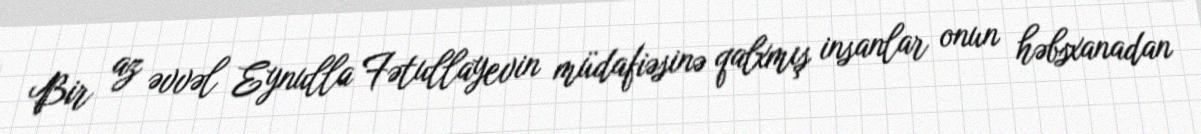
Bir az əvvəl Eynulla Fətullayevin müdafiəsinə qalxmış insanlar onun həbsxanadan